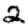
Digit: 2